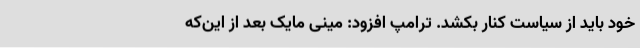
خود باید از سیاست کنار بکشد. ترامپ افزود: مینی مایک بعد از این‌که